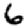
Digit: 6